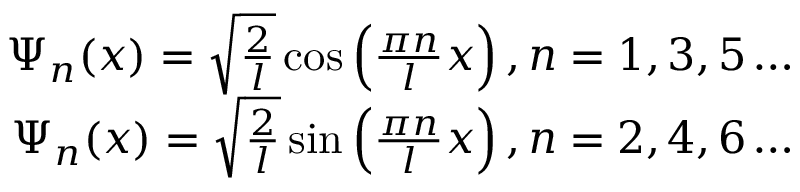
\begin{array} { r } { \Psi _ { n } ( x ) = \sqrt { \frac { 2 } { l } } \cos \left( \frac { \pi n } { l } x \right) , n = 1 , 3 , 5 \ldots } \\ { \Psi _ { n } ( x ) = \sqrt { \frac { 2 } { l } } \sin \left( \frac { \pi n } { l } x \right) , n = 2 , 4 , 6 \ldots } \end{array}